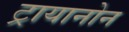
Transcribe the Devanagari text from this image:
ट्रायानोन